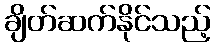
ချိတ်ဆက်နိုင်သည့်